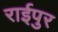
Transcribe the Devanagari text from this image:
राईपुर